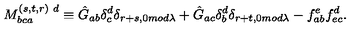
M _ { b c a } ^ { ( s , t , r ) \ d } \equiv \hat { G } _ { a b } \delta _ { c } ^ { d } \delta _ { r + s , 0 m o d \lambda } + \hat { G } _ { a c } \delta _ { b } ^ { d } \delta _ { r + t , 0 m o d \lambda } - f _ { a b } ^ { e } f _ { e c } ^ { d } .